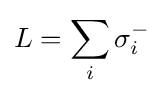
L=\sum _{i}\sigma _{i}^{-}